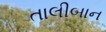
તાલીબાન